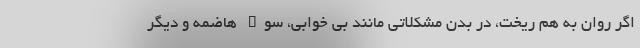
اگر روان به هم ریخت، در بدن مشکلاتی مانند بی خوابی، سوء هاضمه و دیگر